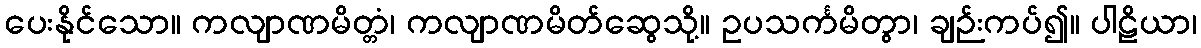
ပေးနိုင်သော။ ကလျာဏမိတ္တံ၊ ကလျာဏမိတ်ဆွေသို့။ ဥပသင်္ကမိတွာ၊ ချဉ်းကပ်၍။ ပါဠိယာ၊